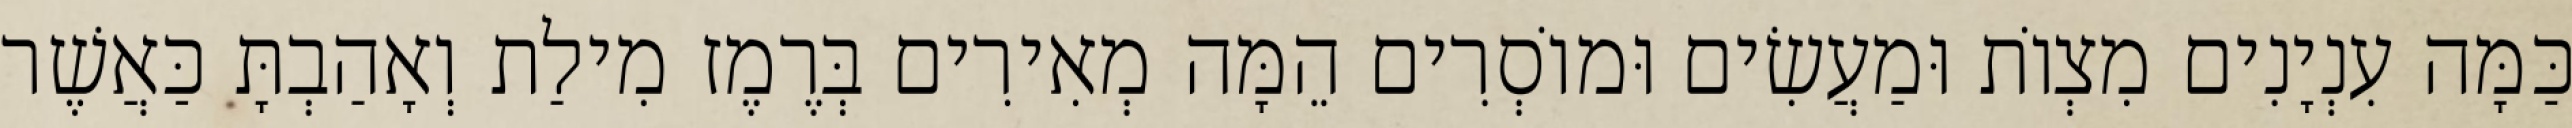
כַּמָּה עִנְיָנִים מִצְוֹת וּמַעֲשִׂים וּמוֹסְרִים הֵמָּה מְאִירִים בְּרֶמֶז מִילַת וְאָהַבְתָּ כַּאֲשֶׁר